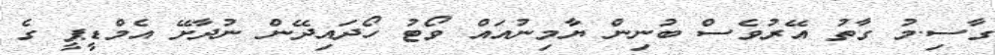
ގާސި.މު ގާތު އޭރުވެސް ބުނިން ޔާމިނުއައް ވޯޓު ހޯދައިދޭން ނުދާށޭ އެމްޑީޕީ ގެ